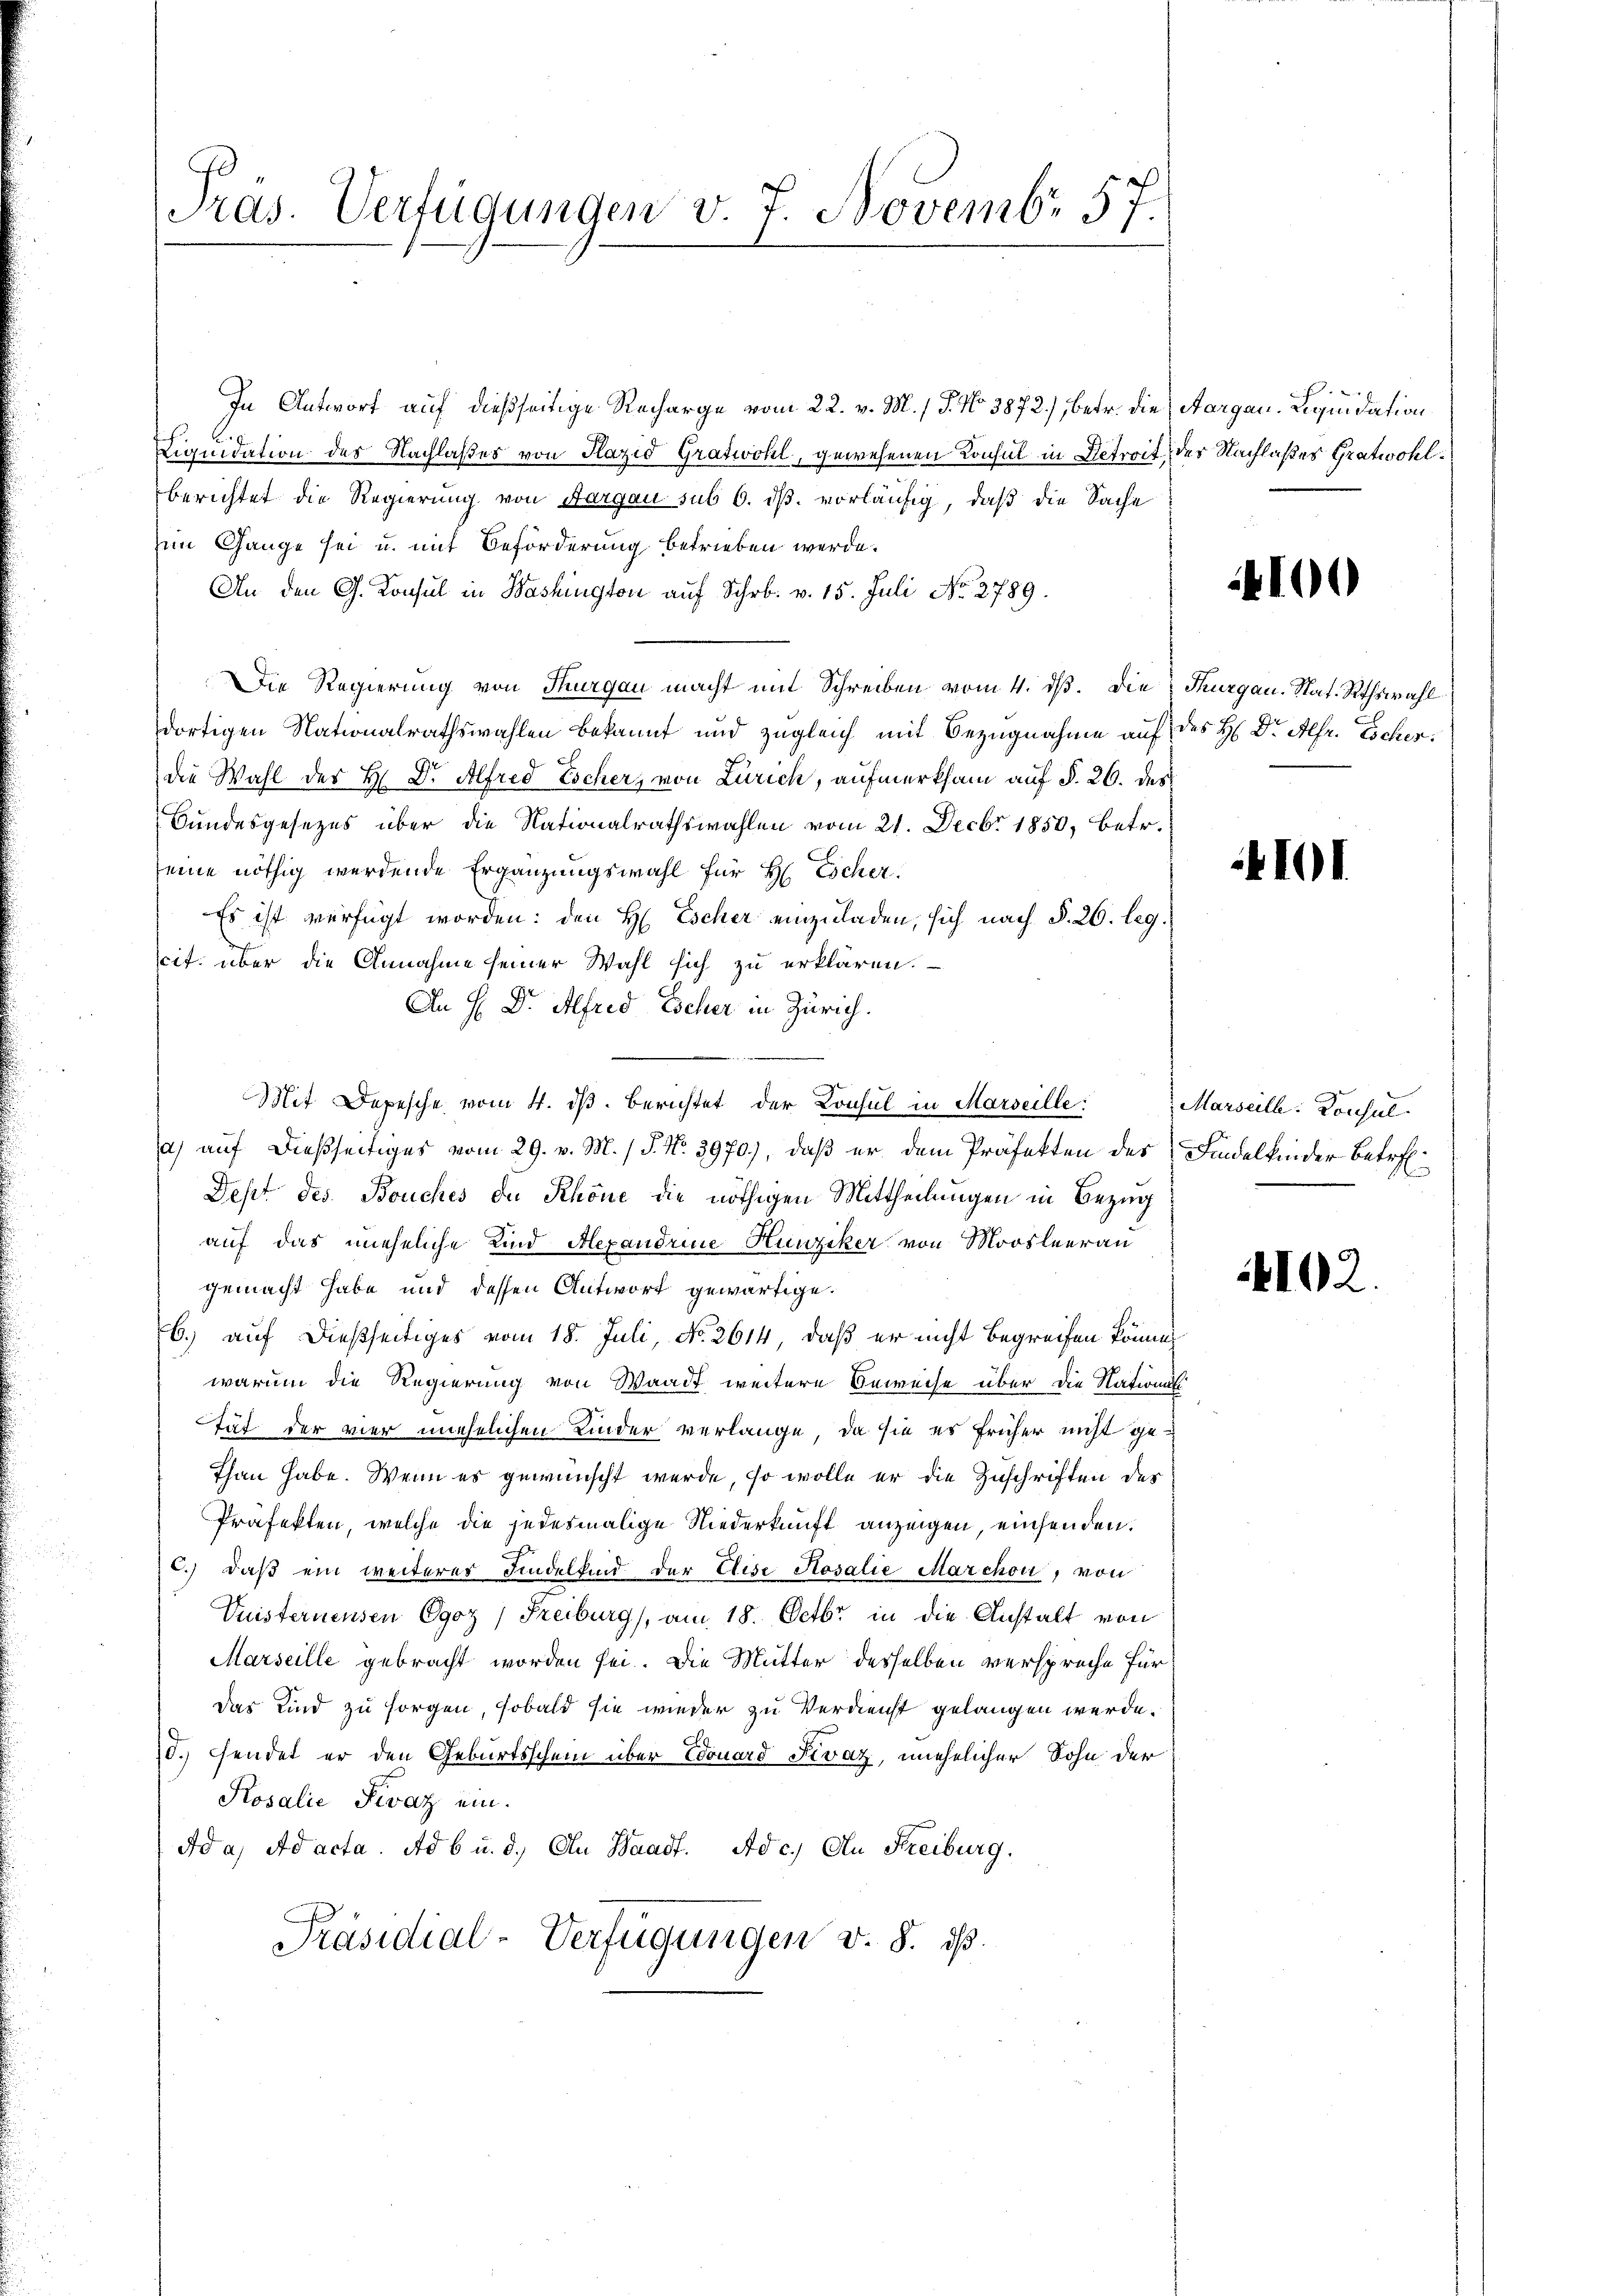
Pras. Verfügungen v. 7. Novembr 57.

In Antwort auf dießseitige Recharge vom 22. v. M. J. No 3872), betr. die Aargau. Liquidation
Liquidation des Nachlaßes von Plazio Gratwohl, gewesenen Konsul in Betreit des Nachlaßes Gratwohlberichtet die Regierung von Aargau sub 6. dβ. vorläufig, daß die Sache
Ein Gange sei u. mit Beförderung betrieben werde.
An den G. Konsul in Washington auf Schr. v. 15. Juli No. 2789.
Die Regierung von Thurgau macht mit Schreiben vom 4. dβ. Die Thurgau. Nat. Rathswahl
dortigen Nationalrathswahlen bekannt und zugleich mit Bezugnahme auf des H. Dr. Alfr. Escher
die Wahl des H: Dr. Alfred Escher, von Zürich, aufmerksam auf §. 26. des
Bundesgesezes über die Nationalrathswahlen vom 21. Decbr 1850, betr.
seine nöthig werdende Ergänzungswahl für H Escher.
Es ist verfügt worden: den H. Escher einzuladen, sich nach §. 26. leg.
cit. über die Annahme seiner Wahl sich zu erklären.
An H. Dr. Alfred Escher in Zürich.
Mit Depesche vom 4. ds. berichtet der Consul in Marseille:
a) auf dießseitiges vom 29. v. M. / P. Nr. 3970), daß er dem Präfekten des Findelkinder Betref¬
Dept des Bouches de Schöne die nöthigen Mittheilungen in Bezug
auf das uneheliche Kind Alexandrine Hunziker von Moosleerau
gemacht habe und dessen Antwort gewärtige.
b.) auf dießseitiges vom 18. Juli, No. 2614, daß er nicht begreifen könne,
warum die Regierung von Waadt weitere Beweise über die Nations
tät der vier unehelichen Kinder verlange, da sie es früher nicht ge¬
Than habe. Wenn es gewünscht werde, so wolle er die Zuschriften des
Präfekten, welche die jedesmalige Niederkunft anzeigen, einsenden.
c.) daß ein weiteres Findelkind der Elise Rosalie Marchon, von
Veisternensen Ogoz) Reiburg, am 18. Octbr. in die Anstalt von
Marseille gebracht worden sei. Die Mutter desselben verspreche für
Das Kind zu sorgen, sobald sie wieder zu Verdienst gelangen werde.
d. Fendet er den Geburtsschein über Edouard Fivaz, unehelicher Sohn der
Kosalie Fivaz ein.
Ada, ad acta. Ad 6 u. d. An Waadt. Ad c.) An Freiburg.
Präsidial-Verfügungen v. 8. ds.

100

4101

Marseille: Konsul

4102.